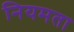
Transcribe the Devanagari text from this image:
नियमता